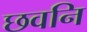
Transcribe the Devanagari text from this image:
छवनि